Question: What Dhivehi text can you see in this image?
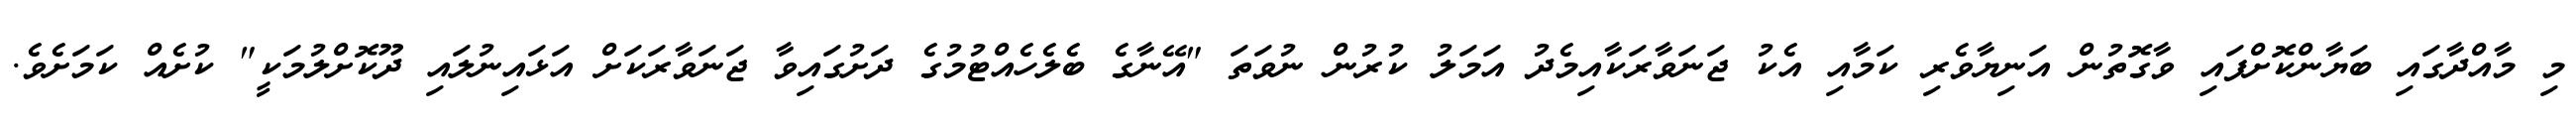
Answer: މި މާއްދާގައި ބަޔާންކޮށްފައި ވާގޮތުން އަނިޔާވެރި ކަމާއި އެކު ޖަނަވާރަކާއިމެދު އަމަލު ކުރުން ނުވަތަ "އޭނާގެ ބެލެހެއްޓުމުގެ ދަށުގައިވާ ޖަނަވާރަކަށް އަޅައިނުލައި ދޫކޮށްލުމަކީ" ކުށެއް ކަމަށެވެ.